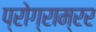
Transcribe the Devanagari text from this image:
प्रोग्राम्रर